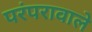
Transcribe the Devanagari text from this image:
परंपरावाले